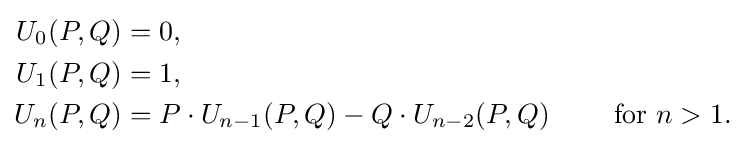
{\begin{aligned}U_{0}(P,Q)&=0,\\U_{1}(P,Q)&=1,\\U_{n}(P,Q)&=P\cdot U_{n-1}(P,Q)-Q\cdot U_{n-2}(P,Q)\qquad {\mbox{  for }}n>1.\end{aligned}}